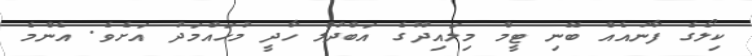
ކިލޯގެ ފާނައެއް ބޭނި ޓީމް މިލައިދޫގެ އަބްދުލް ހާދީ މުހައްމަދު އަށެވެ. އެންމެ